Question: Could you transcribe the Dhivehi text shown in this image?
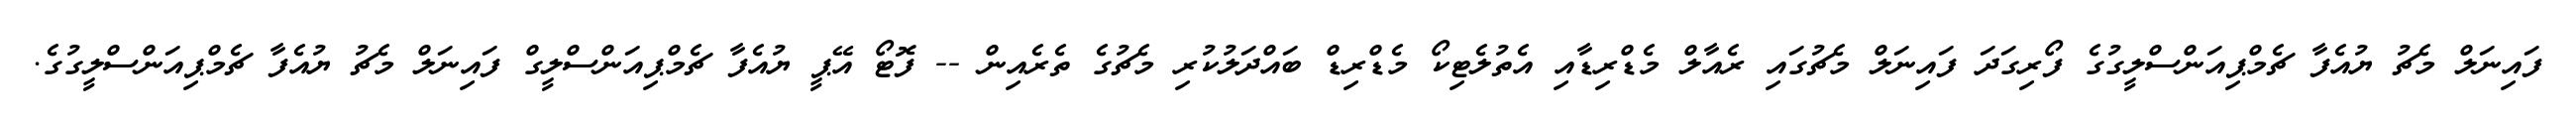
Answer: ފައިނަލް މެޗު ޔުއެފާ ޗެމްޕިއަންސްލީގުގެ ފޯރިގަދަ ފައިނަލް މެޗުގައި ރެއާލް މެޑްރިޑާއި އެތުލެޓިކޯ މެޑްރިޑް ބައްދަލުކުރި މެޗުގެ ތެރެއިން -- ފޮޓޯ އޭޕީ ޔުއެފާ ޗެމްޕިއަންސްލީގް ފައިނަލް މެޗު ޔުއެފާ ޗެމްޕިއަންސްލީގުގެ.